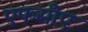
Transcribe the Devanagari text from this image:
एफसीए